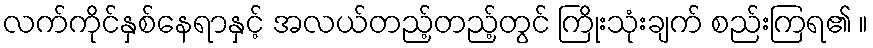
လက်ကိုင်နှစ်နေရာနှင့် အလယ်တည့်တည့်တွင် ကြိုးသုံးချက် စည်းကြရ၏ ။